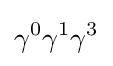
\gamma ^{0}\gamma ^{1}\gamma ^{3}